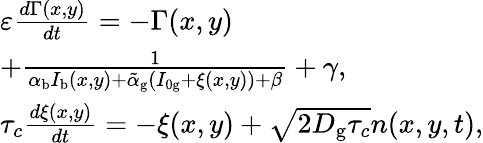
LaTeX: \begin{array}{l}{\varepsilon\frac{d\Gamma(x,y)}{dt}=-\Gamma(x,y)}\\ {+\frac{1}{\alpha_{\mathrm{b}}I_{\mathrm{b}}(x,y)+\tilde{\alpha}_{\mathrm{g}}(I_{0\mathrm{g}}+\xi(x,y))+\beta}+\gamma,}\\ {\tau_{c}\frac{d\xi(x,y)}{dt}=-\xi(x,y)+\sqrt{2D_{\mathrm{g}}\tau_{c}}n(x,y,t),}\end{array}